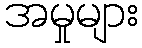
အမှုများ